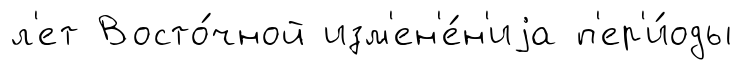
л'ет Восто́чной изм'ен'е́н'иjа п'ер'и́оды